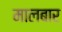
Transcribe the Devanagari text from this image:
मालबार